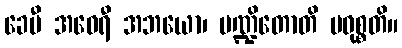
ခေမီ အဝေရီ အဘယော၊ ပဏ္ဍိတောတိ ပဝုစ္စတိ။